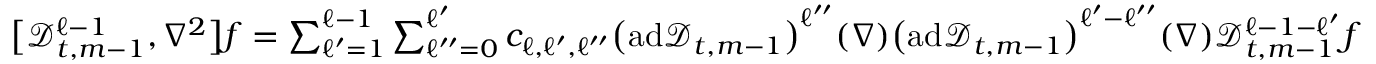
\begin{array} { r } { \big [ \mathscr { D } _ { t , m - 1 } ^ { \ell - 1 } , \nabla ^ { 2 } \bigr ] f = \sum _ { \ell ^ { \prime } = 1 } ^ { \ell - 1 } \sum _ { \ell ^ { \prime \prime } = 0 } ^ { \ell ^ { \prime } } c _ { \ell , \ell ^ { \prime } , \ell ^ { \prime \prime } } \bigl ( \mathrm { a d } \mathscr { D } _ { t , m - 1 } \bigr ) ^ { \ell ^ { \prime \prime } } ( \nabla ) \bigl ( \mathrm { a d } \mathscr { D } _ { t , m - 1 } \bigr ) ^ { \ell ^ { \prime } - \ell ^ { \prime \prime } } ( \nabla ) \mathscr { D } _ { t , m - 1 } ^ { \ell - 1 - \ell ^ { \prime } } f } \end{array}